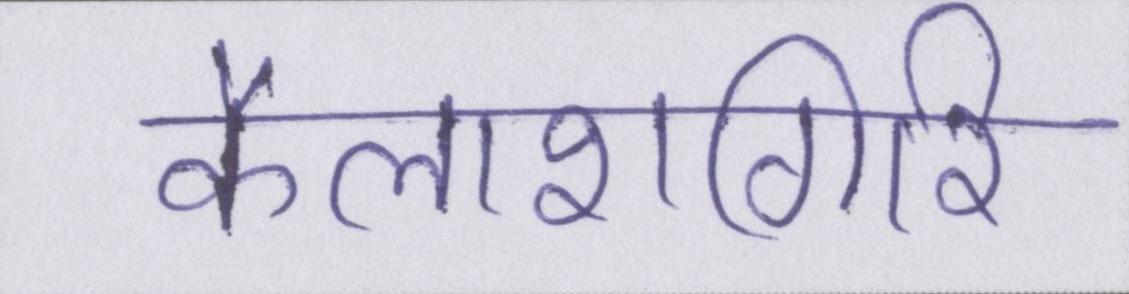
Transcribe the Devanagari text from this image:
कैलाशगिरि